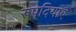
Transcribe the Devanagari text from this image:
रूपदियाए